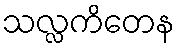
သလ္လကိတေန